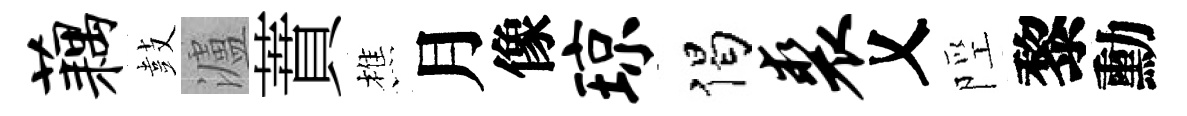
藕鼓瀘蕡樵月像琼偈裘乂陘黎勳